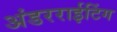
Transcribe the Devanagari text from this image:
अंडरराईटिंग